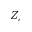
Z _ { c }